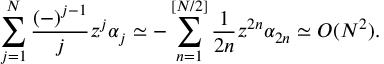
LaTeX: \sum _ { j = 1 } ^ { N } \frac { ( - ) ^ { j - 1 } } { j } z ^ { j } \alpha _ { j } \simeq - \sum _ { n = 1 } ^ { [ N / 2 ] } \frac { 1 } { 2 n } z ^ { 2 n } \alpha _ { 2 n } \simeq { \cal O } ( N ^ { 2 } ) .